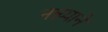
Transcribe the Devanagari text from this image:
नन्न्य्याने